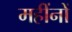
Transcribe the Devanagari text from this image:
महींनों